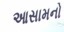
આસામનો